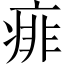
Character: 痱